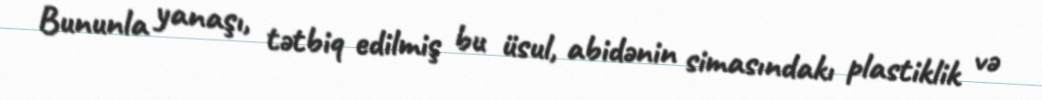
Bununla yanaşı, tətbiq edilmiş bu üsul, abidənin simasındakı plastiklik və